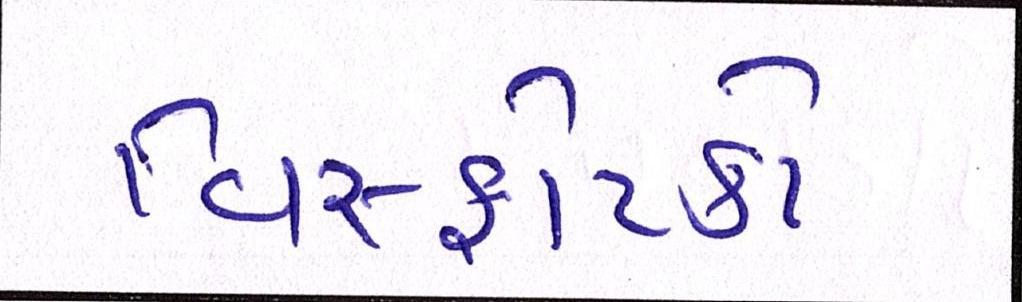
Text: વિસ્ફોટકો